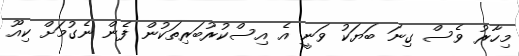
މިހާރު ވެސް ގިނަ ބަޔަކު ވަނީ އެ އިސްކުރުބަރިތަކުން ފެން ނެގުމަށް ކިއޫ